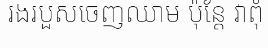
រងរបួសចេញឈាម ប៉ុន្តែ វាពុំ